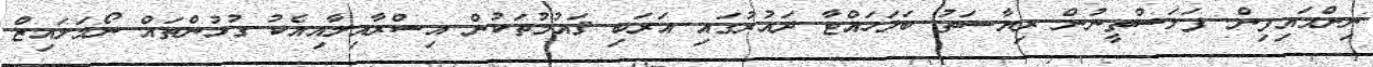
ނިންމައިފިން. ފަލަސްތީނުން ރިޔާސަތު ބަލަހައްޓާ ދައުރުގައި އަރަބި ޤައުމުތަކުން އިސްރާއިލާއިއެކު ގުޅުންތައް ނޯމަލައިޒް